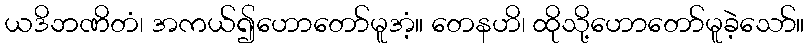
ယဒိဘဏိတံ၊ အကယ်၍ဟောတော်မူအံ့။ တေနဟိ၊ ထိုသို့ဟောတော်မူခဲ့သော်။